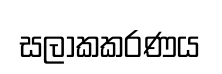
සලාකකරණය